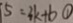
5 = 3 k + b \textcircled { 1 }